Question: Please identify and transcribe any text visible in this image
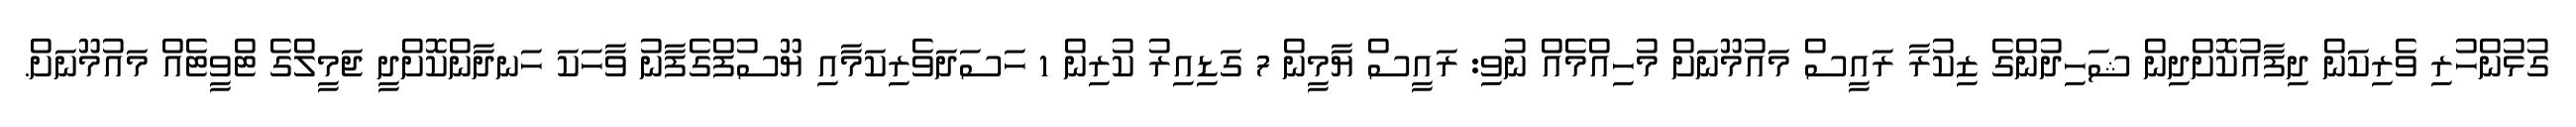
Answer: ގުޅުންހުރި ވެރިކަން ދިފާއުކޮށްދިން ޝަހިދުންގެ ޒިކުރާ ރައީސް މައުމޫނަށް މުހިއްމެއް ނުވި: ރައީސް ޔާމީން 7 ގަޑިއިރު ކުރިން 1 ހަސަދަވެރިކަމާއި ޔޫސުފްގެފާނު ވާހަކަ ހަނދާންކޮށްދީ ޖަމީލްގެ ޓްވީޓެއް މައުމޫނަށް.